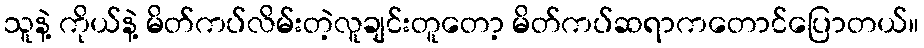
သူနဲ့ ကိုယ်နဲ့ မိတ်ကပ်လိမ်းတဲ့လူချင်းတူတော့ မိတ်ကပ်ဆရာကတောင်ပြောတယ်။